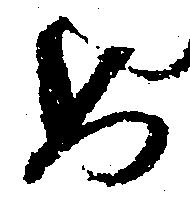
め